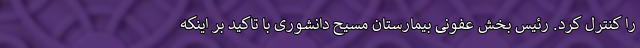
را کنترل کرد. رئیس بخش عفونی بیمارستان مسیح دانشوری با تاکید بر اینکه